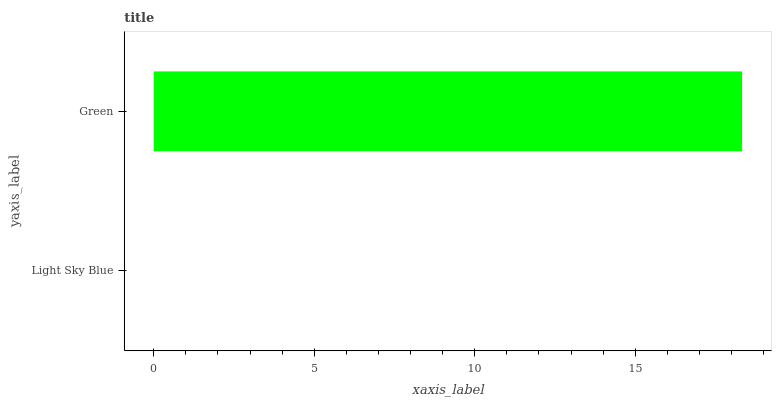
| yaxis_label | bars |
 | --- | --- |
 | Light Sky Blue | 0 |
 | Green | 18.3 |